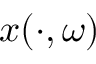
x ( \cdot , \omega )